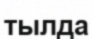
тылда